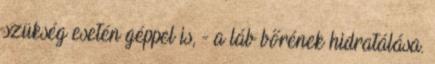
szükség esetén géppel is, - a láb bőrének hidratálása.